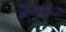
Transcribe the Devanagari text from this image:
रहे।पृथ्वीराज